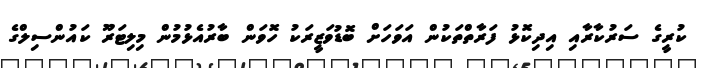
ކުރީގެ ސަރުކާރާއި އިދިކޮޅު ފަރާތްތަކުން އަވަހަށް ބޮޑުވަޒީރަކު ހޮވަން ބާރުއެޅުމުން މިލިޓަރޫ ކައުންސިލްގެ